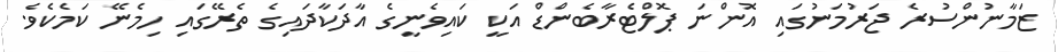
ޒަމާނުންސުރެ ޖަރުމަނުގައި އޮންނަ ޕޮލްޓެރާބެންޑް އަކީ ކައިވެނީގެ އާދަކާދައިގެ ތެރޭގައި ހިމެނޭ ކަމެކެވެ.